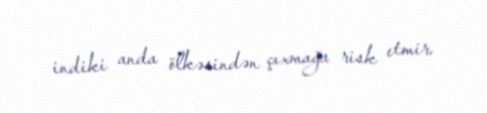
indiki anda ölkəsindən çıxmağa risk etmir.